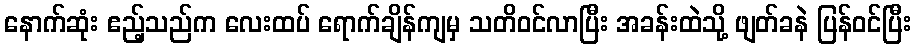
နောက်ဆုံး ဧည့်သည်က လေးထပ် ရောက်ချိန်ကျမှ သတိဝင်လာပြီး အခန်းထဲသို့ ဖျတ်ခနဲ ပြန်ဝင်ပြီး